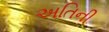
અતિની